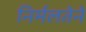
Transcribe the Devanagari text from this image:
निर्मलतेने